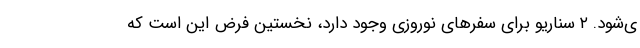
ی‌شود. ۲ سناریو برای سفرهای نوروزی وجود دارد، نخستین فرض این است که